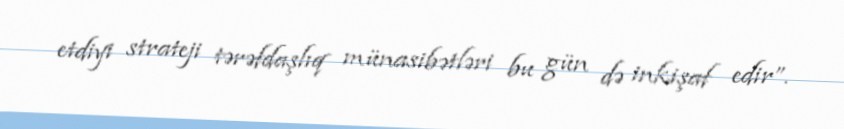
etdiyi strateji tərəfdaşlıq münasibətləri bu gün də inkişaf edir”.